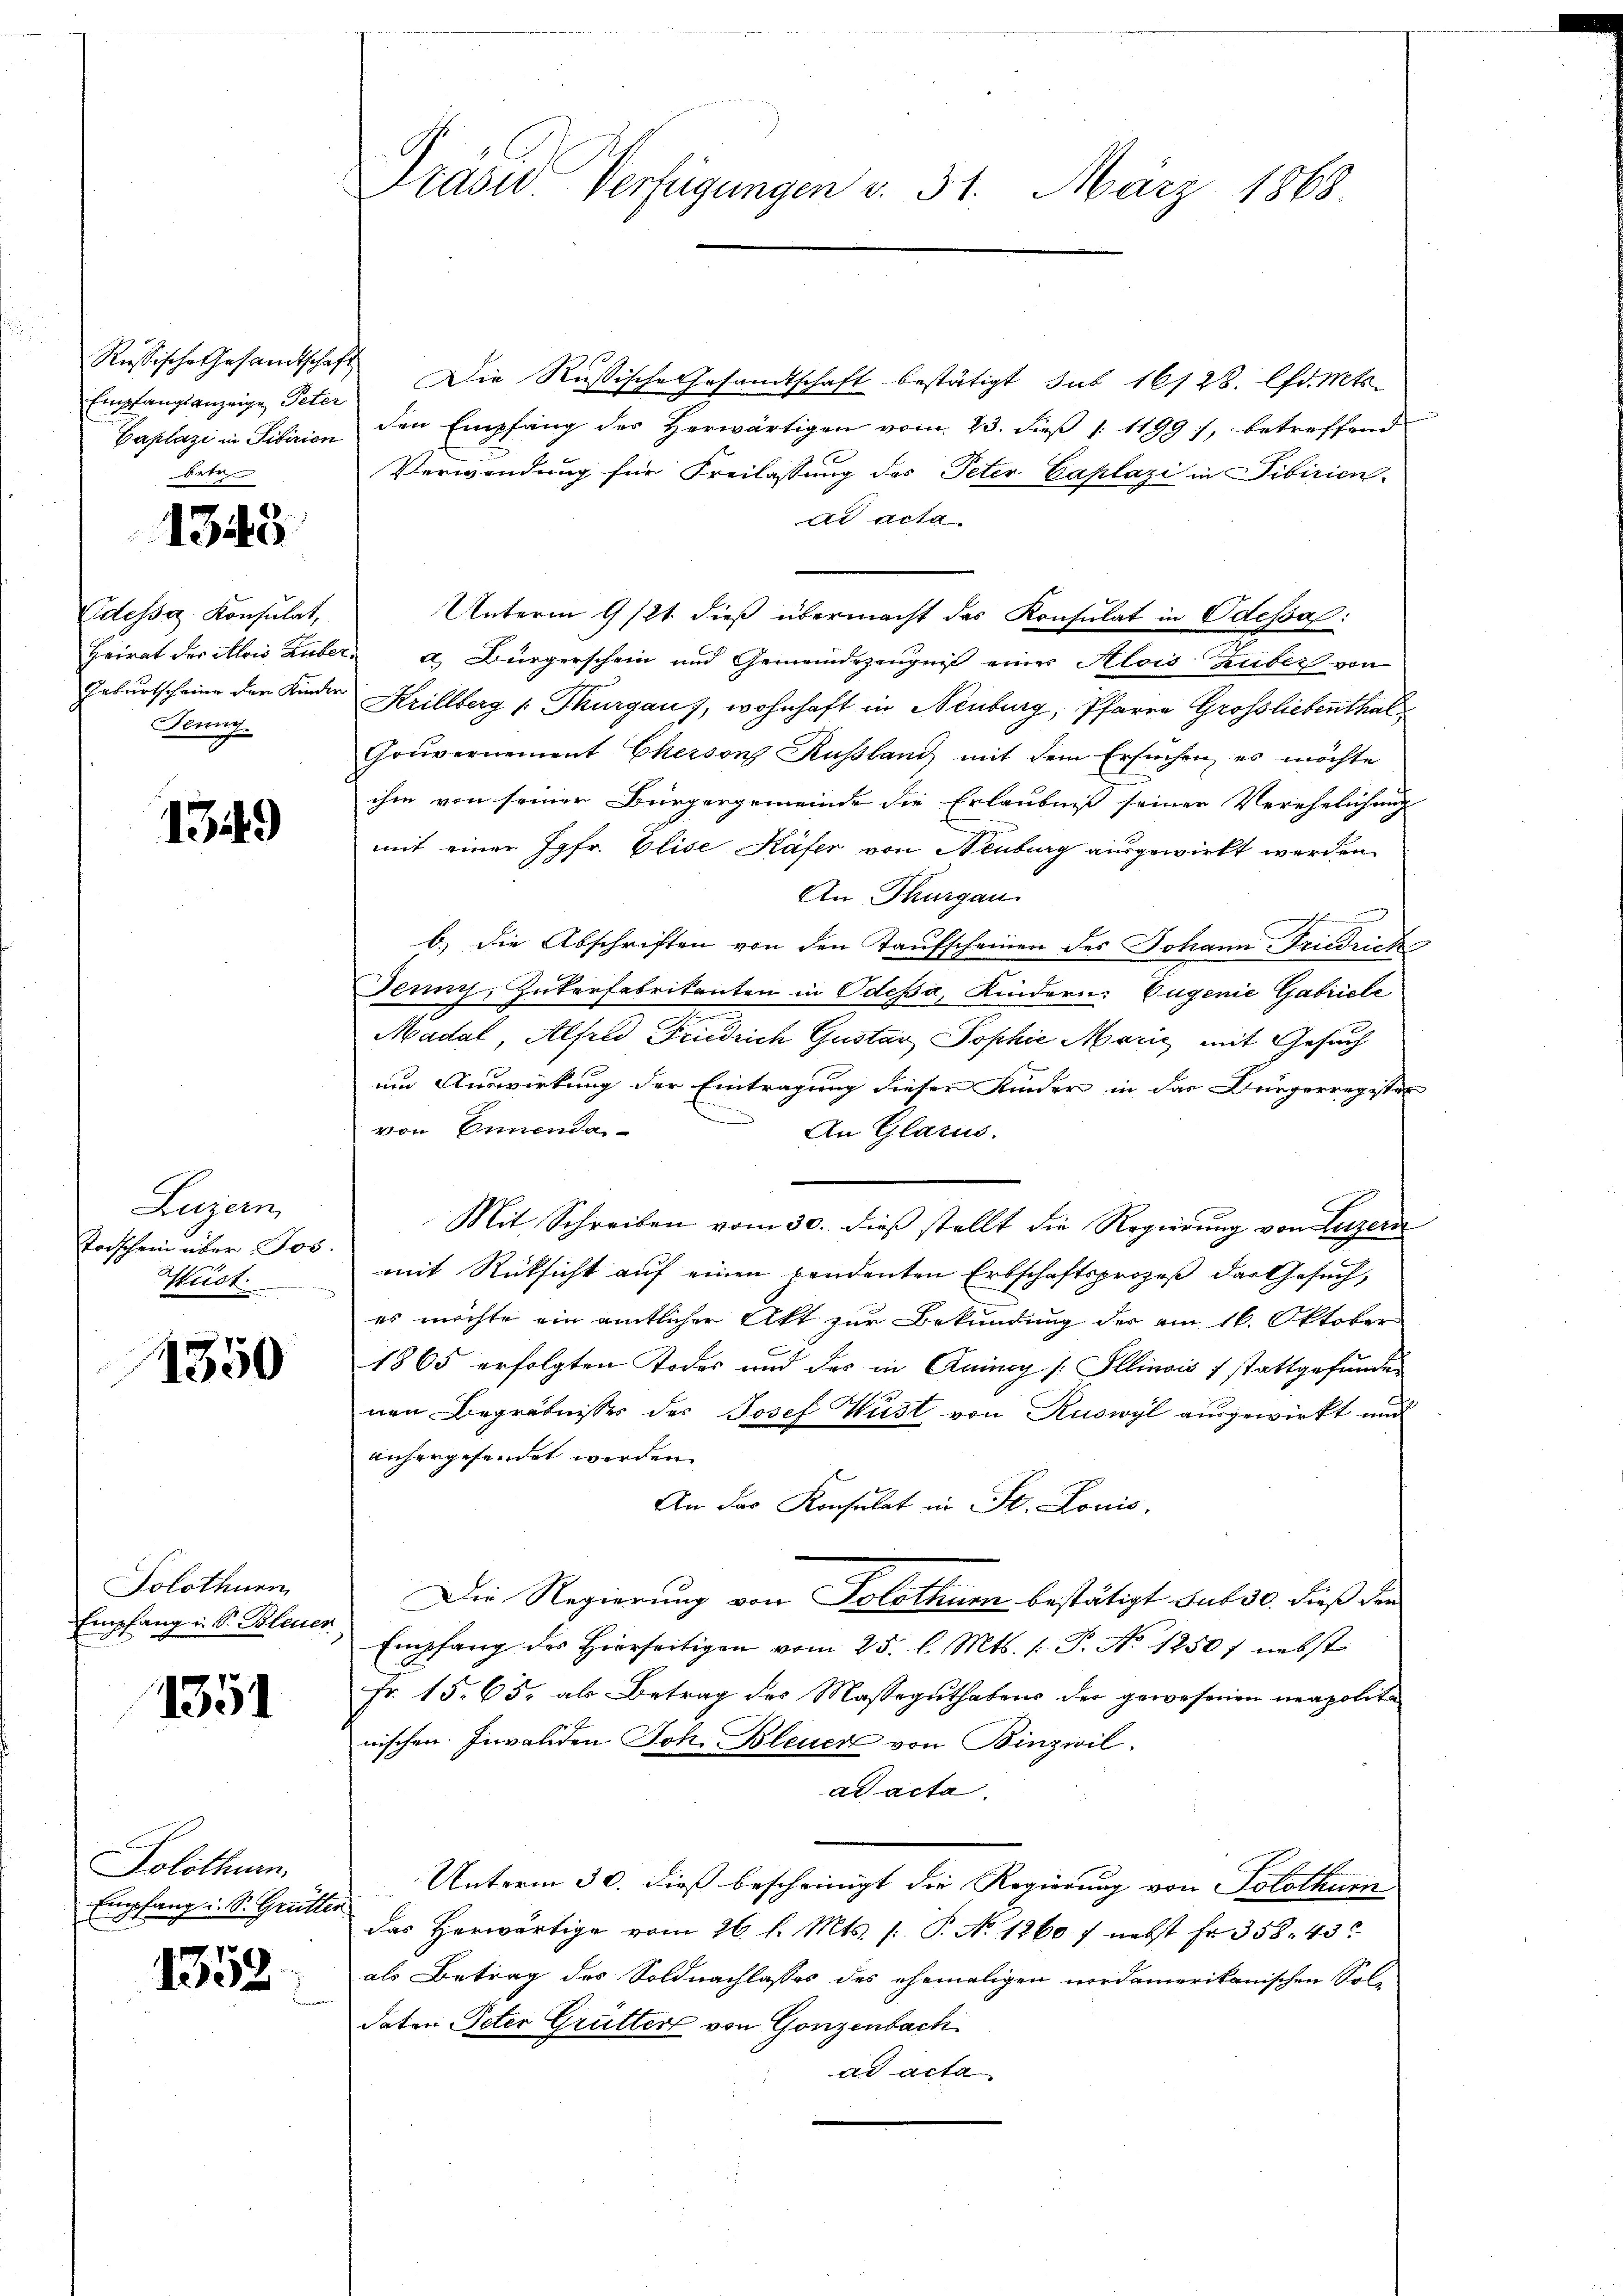
Russische Gesandtschaft
Empfangsanzeige Peter
Caplazi in Sibirien
betr.

1348

Odessa Konsulat,
Heirat der Alois Huber¬
Geburtscheine der Kinden
Herz

1349

Luzern
Torschein über Jos.
Aust

1350

Solothurn
Empfang u. S. Blenen

1351

Solothur
Empfang u. S. Grütter
1352.

Präsid Verfügungen v. 31. März 1868.

Die Rußische Gesandtschaft bestätigt sub 16128. lfd. Mts.
den Empfang des Herwärtigen vom 23. dieß 1 1199), betreffend
Verwendung für Freilassung des Peter Caplazi in Sibirien
dr acta
Unterm 9/21. dieß übermacht des Konsulat in Odessa:
 Bürgerschein und Gemeindszeugnis einer Alois Zuber von
Krillberg (Thurgau), wohnhaft in Neuburg, Pfarre Großsliebenthal
Gouvernement Cherson Rußland mit dem Ersuchen, es möchte
ihm von seiner Bürgergemeinde die Erlaubniß seiner Verehelichung
mit einer Jgfr. Elise Käfer von Neuburg ausgewirkt werden.
An Thurgau
b.) die Abschriften von den Taufscheinen des Johann-Friedrich
Jenny, Zukerfabrikanten in Odessa, Kindern Eugenie Gabricle
Madal Alfred Friedrich Gustav Sophie Marie mit Gesuch
um Auswirkung der Eintragung dieser Kinder in das Bürgerregister
An Glarus.
von Innenda
Mit Schreiben vom 30. dieß stellt die Regierung von Luzern
mit Rücksicht auf einen pendenten Erbschaftsprozeß das Gesuch,
es möchte ein amtlicher Akt zur Bekundung der am 16. Oktober
1865 erfolgten Todes und des in Quincy /: Illinois 7 stattgefunden
nen Begräbnisses des Josef Wüst von Ruswyl ausgewirkt und
anhergefundet werden.
An das Konsulat in St. Louis.
Die Regierung von Solothurn bestätigt sub 30. dieß dan
Empfang des hierseitigen vom 25. l. Mts. 1. J. No 1250f nebst
Fr. 15. 65, als Betrag des Masseguthabens der gewesenen neapolita
wischen Invaliden Joh. Bleuer von Binzwil.
ad acta
Unterm 30. dieß bescheinigt die Regierung von Solothurn
das herwärtige vom 26. l. Mts. p. P. N. 1260 f nebst Fr. 358. 43
als Betrag des Soldnachlasses des ehemaligen nordamerikanischen Sol-
daten Peter Grütter von Gonzenbach
ad acta